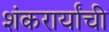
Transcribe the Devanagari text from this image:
शंकरार्यांची